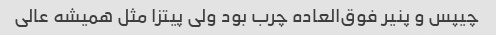
چیپس و پنیر فوق‌العاده چرب بود ولی پیتزا مثل همیشه عالی